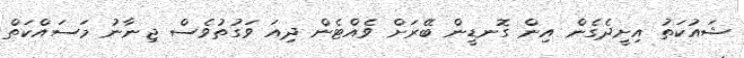
ޝައުކަތު އިށީދެގެން އިން ގޮނޑީން ބޭރަށް ވެއްޓެން ދިއަ ވަގުތުވެސް ޖިނާނު މަސައްކަތް